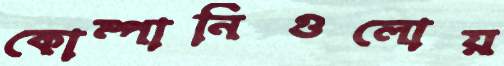
কোম্পানিগুলোয়